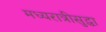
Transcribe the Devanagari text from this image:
मध्यरात्रीसुद्धा